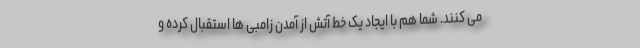
می کنند. شما هم با ایجاد یک خط آتش از آمدن زامبی ها استقبال کرده و